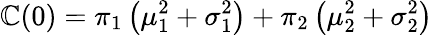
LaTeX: \mathbb{C}(0)=\pi_{1}\left(\mu_{1}^{2}+\sigma_{1}^{2}\right)+\pi_{2}\left(\mu_{2}^{2}+\sigma_{2}^{2}\right)